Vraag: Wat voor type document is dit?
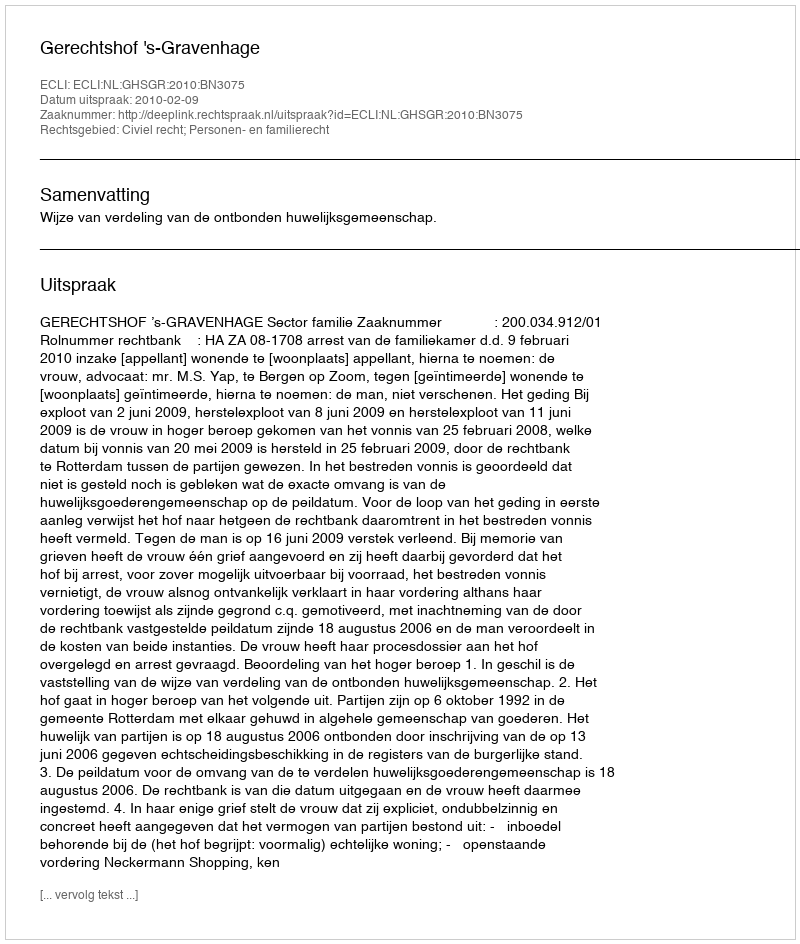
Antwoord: Uitspraak